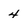
Character: 4